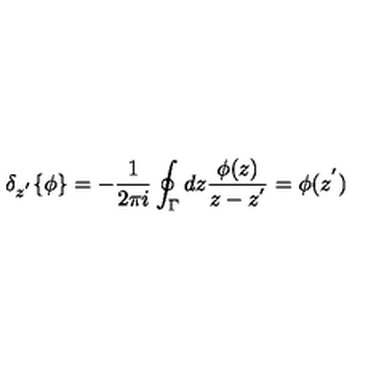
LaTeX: { \delta } _ { z ^ { ' } } \{ \phi \} = - \frac { 1 } { 2 \pi i } \oint _ { \Gamma } d z \frac { \phi ( z ) } { z - z ^ { ' } } = \phi ( z ^ { ' } )